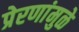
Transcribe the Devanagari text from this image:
प्रेरणांमुळे